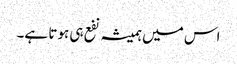
اس میں ہمیشہ نفع ہی ہوتا ہے۔